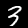
Digit: 3